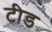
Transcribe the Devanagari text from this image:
टीड